Civil Veterinary Dept. Bombay admin report 1932-41 - 1932-1941
Year: 1932
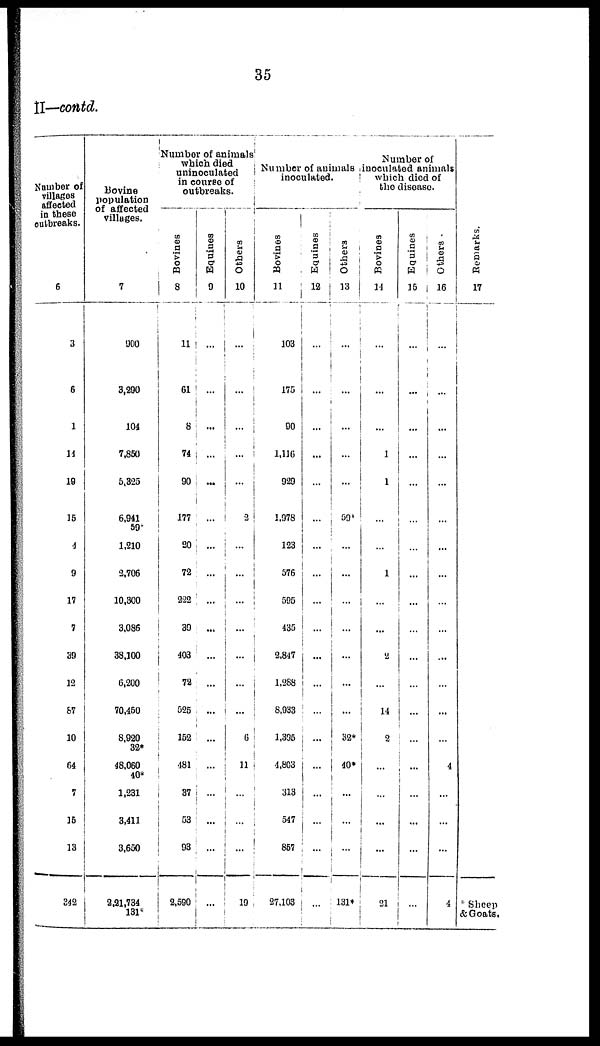
35
II—contd.
Number of
villages
affected
in these
outbreaks.
6
3
6
1
14
19
15
4
9
17
7
39
12
87
10
64
7
15
13
342
Bovine
population
of affected
villages.
7
900
3,290
104
7,850
5,325
6,941
59*
1,210
2,706
10,300
3,086
38,100
6,200
70,450
8,920
32*
48,060
40*
1,231
3,411
3,650
2,21,734
131*
Number of animals
which died
uninoculated
in course of
outbreaks.
Bovines
8
11
61
8
74
90
177
20
72
222
39
403
72
525
152
481
37
53
93
2,590
Equines
9
...
...
...
...
...
...
...
...
...
...
...
...
...
...
...
...
...
...
...
Others
10
...
...
...
...
...
2
...
...
...
...
...
...
...
6
11
...
...
...
19
Number of animals
inoculated.
Bovines
11
103
175
90
1,116
929
1,978
123
576
595
435
2,847
1,288
8,933
1,395
4,803
313
547
857
27,103
Equines
12
...
...
...
...
...
...
...
...
...
...
...
...
...
...
...
...
...
...
...
Others
13
...
...
...
...
...
59*
...
...
...
...
...
...
...
32*
40*
...
...
...
131*
Number of
inoculated anim
which died of
the disease.
Bovines
14
...
...
...
1
1
...
...
1
...
...
2
...
14
2
...
...
...
...
21
Equines
15
...
...
...
...
...
...
...
...
...
...
...
...
...
...
...
...
...
...
...
Others
16
...
...
...
...
...
...
...
...
...
...
...
...
...
...
4
...
...
...
4
Remarks.
17
* Sheep
& Goats.